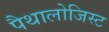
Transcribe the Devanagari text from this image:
पैथालोजिस्ट